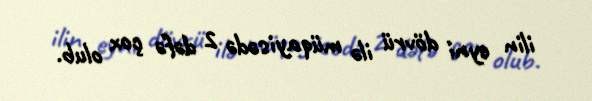
ilin eyni dövrü ilə müqayisədə 2 dəfə çox olub.